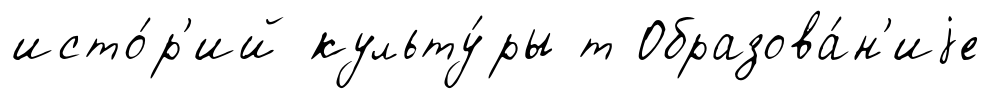
исто́р'ий культу́ры т Образова́н'иjе